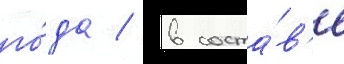
го́да / в соста́в'е